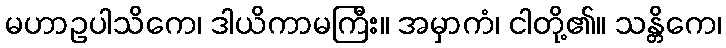
မဟာဥပါသိကေ၊ ဒါယိကာမကြီး။ အမှာကံ၊ ငါတို့၏။ သန္တိကေ၊